Vaccination in Bombay 1856-1862 - 1856-1862
Year: 1856
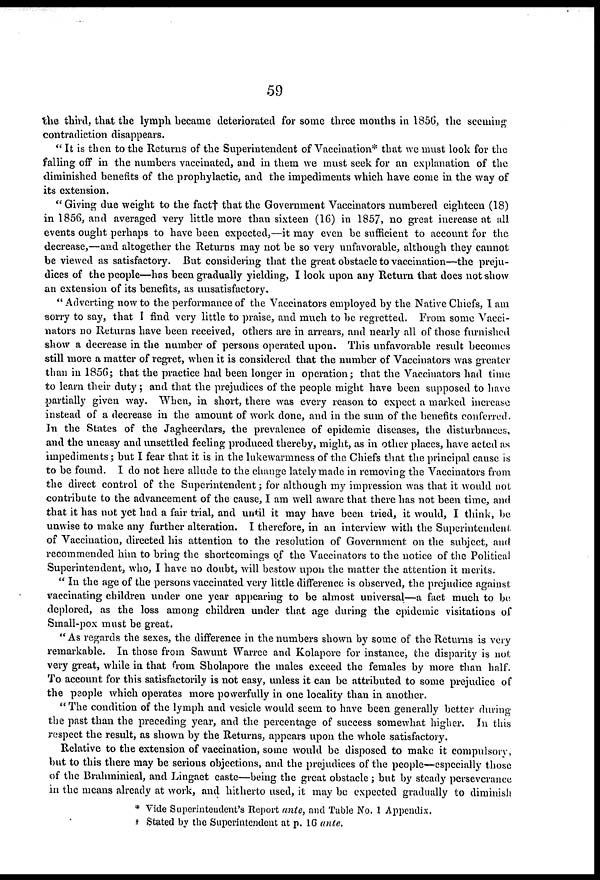
59
the third, that the lymph became deteriorated for some three months in 1856, the seeming
contradiction disappears.
" It is then to the Returns of the Superintendent of Vaccination* that we must look for the
falling off in the numbers vaccinated, and in them we must seek for an explanation of the
diminished benefits of the prophylactic, and the impediments which have come in the way of
its extension.
"Giving due weight to the fact† that the Government Vaccinators numbered eighteen (18)
in 1856, and averaged very little more than sixteen (16) in 1857, no great increase at all
events ought perhaps to have been expected,—it may even be sufficient to account for the
decrease,—and altogether the Returns may not be so very unfavorable, although they cannot
be viewed as satisfactory. But considering that the great obstacle to vaccination—the preju-
dices of the people—has been gradually yielding, I look upon any Return that does not show
an extension of its benefits, as unsatisfactory.
" Adverting now to the performance of the Vaccinators employed by the Native Chiefs, I am
sorry to say, that I find very little to praise, and much to be regretted. From some Vacci-
nators no Returns have been received, others are in arrears, and nearly all of those furnished
show a decrease in the number of persons operated upon. This unfavorable result becomes
still more a matter of regret, when it is considered that the number of Vaccinators was greater
than in 1856; that the practice had been longer in operation; that the Vaccinators had time
to learn their duty ; and that the prejudices of the people might have been supposed to have
partially given way. When, in short, there was every reason to expect a marked increase
instead of a decrease in the amount of work done, and in the sum of the benefits conferred.
In the States of the Jagheerdars, the prevalence of epidemic diseases, the disturbances,
and the uneasy and unsettled feeling produced thereby, might, as in other places, have acted as
impediments; but I fear that it is in the lukewarmness of the Chiefs that the principal cause is
to be found. I do not here allude to the change lately made in removing the Vaccinators from
the direct control of the Superintendent; for although my impression was that it would not
contribute to the advancement of the cause, I am well aware that there has not been time, and
that it has not yet had a fair trial, and until it may have been tried, it would, I think, be
unwise to make any further alteration. I therefore, in an interview with the Superintendent
of Vaccination, directed his attention to the resolution of Government on the subject, and
recommended him to bring the shortcomings of the Vaccinators to the notice of the Political
Superintendent, who, I have no doubt, will bestow upon the matter the attention it merits.
" In the age of the persons vaccinated very little difference is observed, the prejudice against
vaccinating children under one year appearing to be almost universal—a fact much to be
deplored, as the loss among children under that age during the epidemic visitations of
Small-pox must be great.
"As regards the sexes, the difference in the numbers shown by some of the Returns is very
remarkable. In those from Sawunt Warree and Kolapore for instance, the disparity is not
very great, while in that from Sholapore the males exceed the females by more than half.
To account for this satisfactorily is not easy, unless it can be attributed to some prejudice of
the people which operates more powerfully in one locality than in another.
"The condition of the lymph and vesicle would seem to have been generally better during
the past than the preceding year, and the percentage of success somewhat higher. In this
respect the result, as shown by the Returns, appears upon the whole satisfactory.
Relative to the extension of vaccination, some would be disposed to make it compulsory,
but to this there may be serious objections, and the prejudices of the people—especially those
of the Brahminical, and Lingaet caste—being the great obstacle; but by steady perseverance
in the means already at work, and hitherto used, it may be expected gradually to diminish
* Vide Superintendent's Report ante, and Table No. 1 Appendix.
† Stated by the Superintendent at p. 16 ante.